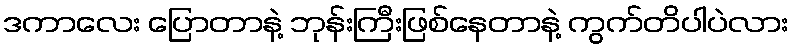
ဒကာလေး ပြောတာနဲ့ ဘုန်းကြီးဖြစ်နေတာနဲ့ ကွက်တိပါပဲလား